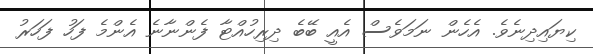
ކިޔައިދިނެވެ. އެހެން ނަމަވެސް އެއީ ބޭބެ ދިރިހުއްޓާ ފެންނާނެ އެންމެ ފަހު ފަހަރު